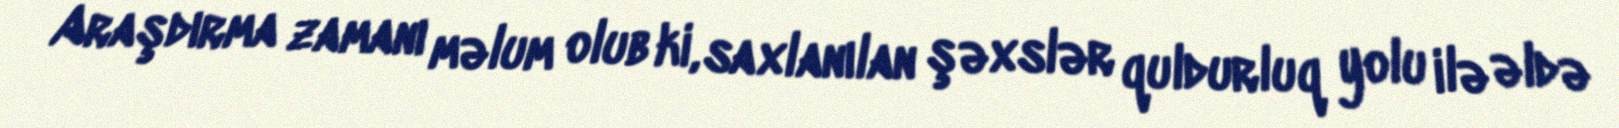
Araşdırma zamanı məlum olub ki, saxlanılan şəxslər quldurluq yolu ilə əldə